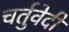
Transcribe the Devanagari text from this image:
चर्तुवेदी